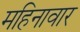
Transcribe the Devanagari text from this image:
महिनावार